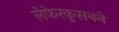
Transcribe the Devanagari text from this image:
लेफेरकुसनने